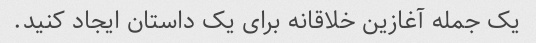
یک جمله آغازین خلاقانه برای یک داستان ایجاد کنید.